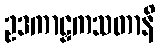
ဥဒကာဠှကသတာနိ